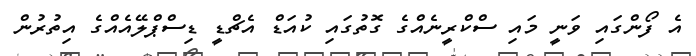
އެ ފޯންގައި ވަނީ މައި ސްކްރީނެއްގެ ގޮތުގައި ކުއަޑް އެޗްޑީ ޑިސްޕްލޭއެއްގެ އިތުރުން